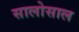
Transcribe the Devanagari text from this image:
सालोसाल